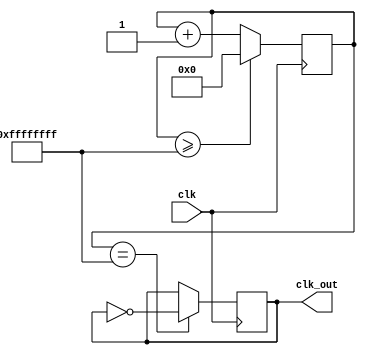
module clk_n 
    #(parameter freq = 'd100000000)
(
    input clk,
    output reg clk_out = 0
);
    reg [31:0] max_count = 'd100000000 / (freq*'d2);
    reg [31:0] count = 0;

    always @(posedge clk) begin
        if ((count >= (max_count - 1))) 
            count <= 'd0;
        else
            count <= count + 1;
    end

    always @(posedge clk) begin
        clk_out = (count == max_count - 1) ? ~clk_out : clk_out;
    end

endmodule